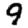
Digit: 9